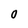
Character: O